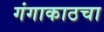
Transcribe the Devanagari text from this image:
गंगाकाठचा